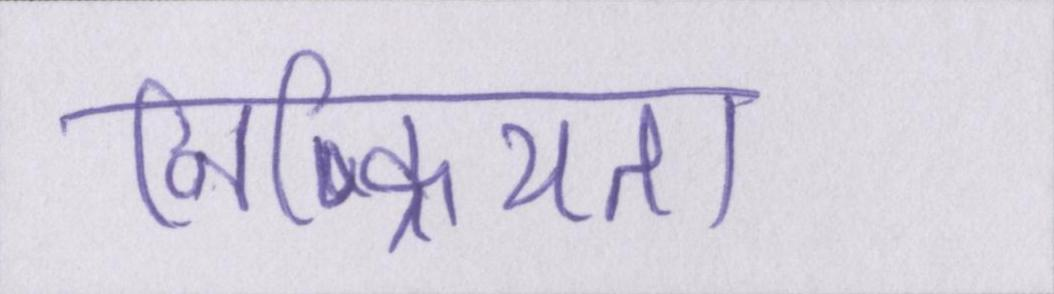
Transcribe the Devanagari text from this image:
निष्क्रियता